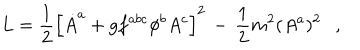
L = \frac { 1 } { 2 } \left[ \dot { A } ^ { a } + g f ^ { a b c } \phi ^ { b } A ^ { c } \right] ^ { 2 } \, - \, \frac { 1 } { 2 } m ^ { 2 } ( A ^ { a } ) ^ { 2 } \ \ \ ,